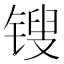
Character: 锼